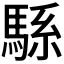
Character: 𱄠